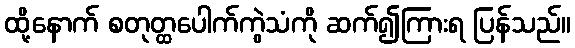
ထို့နောက် စတုတ္ထပေါက်ကွဲသံကို ဆက်၍ကြားရ ပြန်သည်။